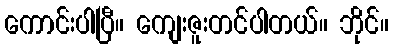
ကောင်းပါပြီ။ ကျေးဇူးတင်ပါတယ်။ ဘိုင်။